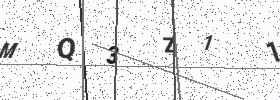
Text: MQ3Z11